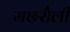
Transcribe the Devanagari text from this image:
मछरौली